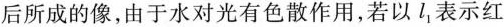
后所成的像，由于水对光有色散作用，若以l_{1}表示红